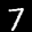
Label: 7